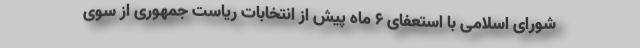
شورای اسلامی با استعفای ۶ ماه پیش از انتخابات ریاست جمهوری از سوی